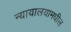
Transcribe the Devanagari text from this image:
न्यायालयामधील